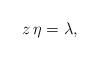
LaTeX: \begin{align*} z \,\eta = \lambda, \end{align*}